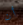
أن